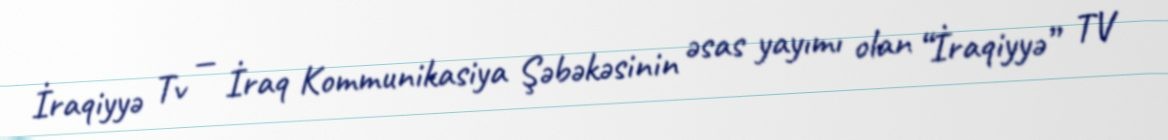
İraqiyyə Tv — İraq Kommunikasiya Şəbəkəsinin əsas yayımı olan “İraqiyyə” TV